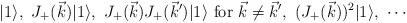
LaTeX: \begin{align*}|1 \rangle, \,\, J_{+}(\vec{k}) |1 \rangle, \,\,J_{+}(\vec{k}) J_{+}(\vec{k}') |1 \rangle \,\,\mbox{for} \,\, \vec{k}\not= \vec{k}', \,\,(J_{+}(\vec{k}))^2 |1 \rangle, \,\, \cdots\end{align*}